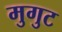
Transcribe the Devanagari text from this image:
मुगुट